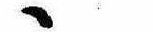
ゝ